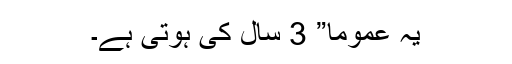
یہ عموما” 3 سال کی ہوتی ہے۔